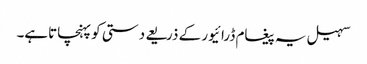
سہیل یہ پیغام ڈرائیور کے ذریعے دستی کو پہنچاتاہے۔